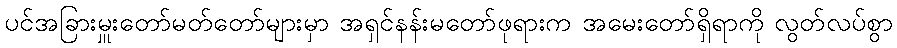
ပင်အခြားမှူးတော်မတ်တော်များမှာ အရှင်နန်းမတော်ဖုရားက အမေးတော်ရှိရာကို လွတ်လပ်စွာ